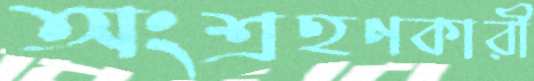
অংশ্রহণকারী